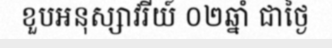
ខួបអនុស្សាវរីយ៍ ០២ឆ្នាំ ជាថ្ងៃ